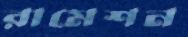
রামেশন